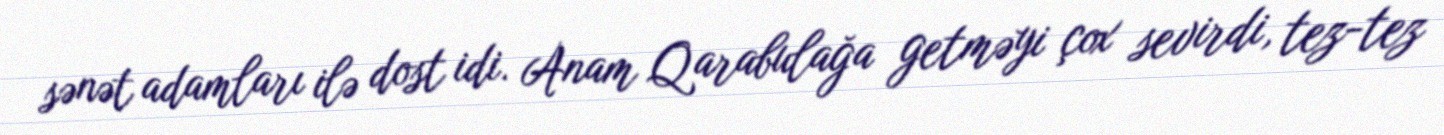
sənət adamları ilə dost idi. Anam Qarabulağa getməyi çox sevirdi, tez-tez